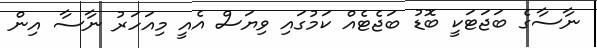
ނާސާގެ ބަޖަޓަކީ ބޮޑު ބަޖެޓެއް ކަމުގައި ވިޔަސް އެއީ މިއަހަރު ނާސާ އިން